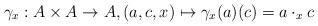
LaTeX: \begin{align*}\gamma_x: A\times A \rightarrow A,(a,c,x)\mapsto \gamma_x(a)(c) = a\cdot_x c\end{align*}